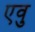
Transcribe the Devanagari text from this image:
एवु